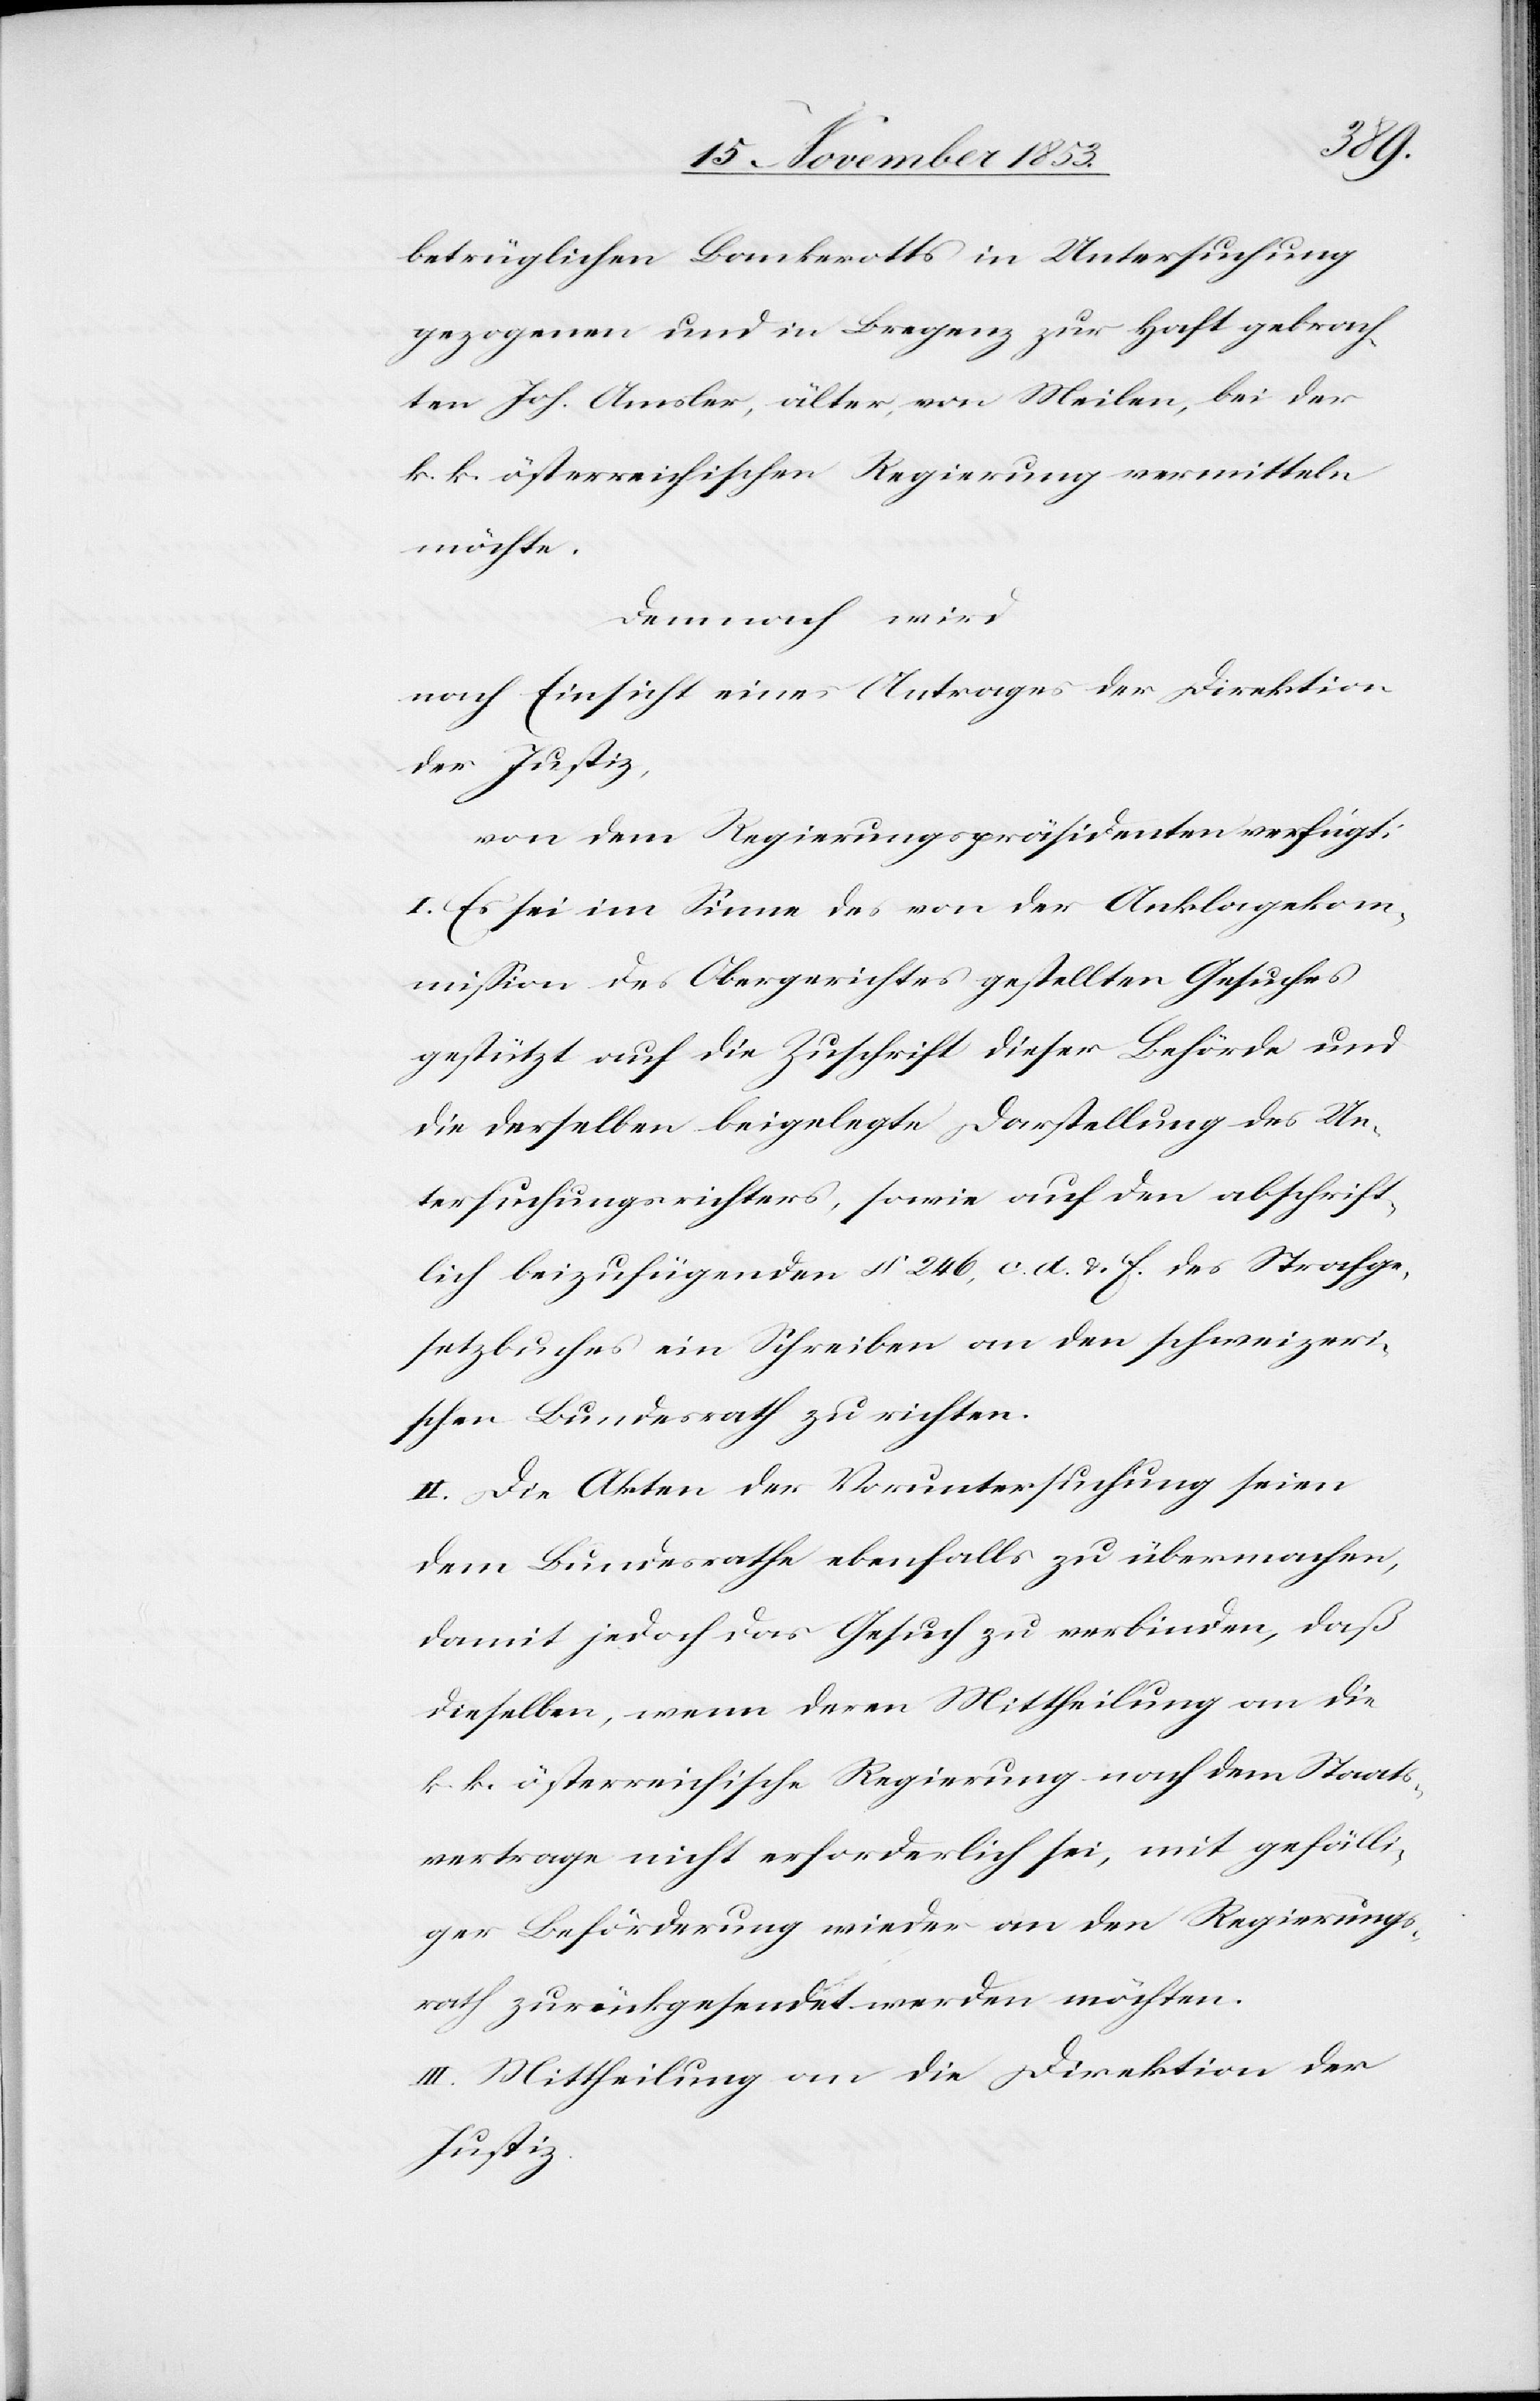
betrüglichen Bankrotts in Untersuchung
gezogenen und in Bregenz zur Haft gebrach¬
ten Joh. Amsler, älter, von Meilen, bei der
k. k. österreichischen Regierung vermitteln
möchte.
Demnach wird
nach Einsicht eines Antrages der Direktion
der Justiz,
von dem Regierungspräsidenten verfügt:
I. Es sei dem Sinn des von der Anklagekom¬
mißion des Obergerichtes gestellten Gesuches
gestützt auf die Zuschrift dieser Behörde und
die derselben beigelegten Darstellung des Un¬
tersuchungsrichters, sowie auf den abschrift¬
lich beizufügenden § 246 c. d. u. f. des Strafge¬
setzbuches ein Schreiben an den schweizeri¬
schen Bundesrath zu richten.
II. Die Akten der Voruntersuchung seien
dem Bundesrathe ebenfalls zu übermachen,
damit jedoch das Gesuch zu verbinden, daß
dieselben, wenn deren Mittheilung an die
k. k. österreichische Regierung nach dem Staats¬
vertrage nicht erforderlich sei, mit gefälli¬
ger Beförderung wieder an den Regierungs¬
rath zurückgesendet werden möchten.
III. Mittheilung an die Direktion der
Justiz.